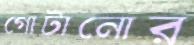
গোটানোর